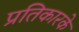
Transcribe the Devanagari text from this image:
प्रतिकारके